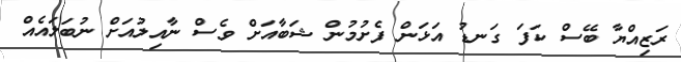
ރަޒިއްޔާ ބޭސް ކަފަ ގަނޑު އަޅަން ފެށުމުން ޝަބާއަށް ވެސް ނާއިލުއަށް ނުބަލައެއް